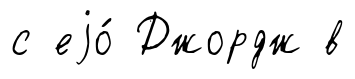
с еjо́ Джордж в